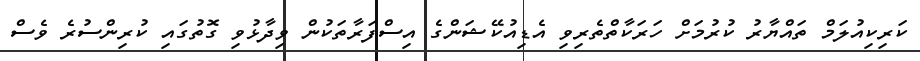
ކަރިކިއުލަމް ތައްޔާރު ކުރުމަށް ހަރަކާތްތެރިވި އެޑިއުކޭޝަންގެ އިސްފަރާތަކުން ވިދާޅުވި ގޮތުގައި ކުރިންސުރެ ވެސް